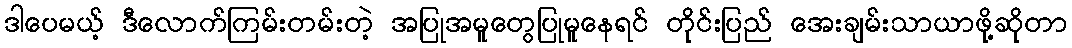
ဒါပေမယ့် ဒီလောက်ကြမ်းတမ်းတဲ့ အပြုအမူတွေပြုမူနေရင် တိုင်းပြည် အေးချမ်းသာယာဖို့ဆိုတာ